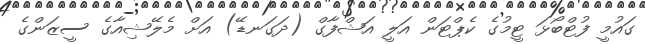
ގައުމީ ފުޓްބޯޅަ ޓީމުގެ ކެޕްޓަން އަލީ އަޝްފާގް (ދަގަނޑޭ) އަށް މެލޭޝިއާގެ ސީޒަންގެ